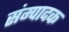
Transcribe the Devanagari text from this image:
संम्पादक